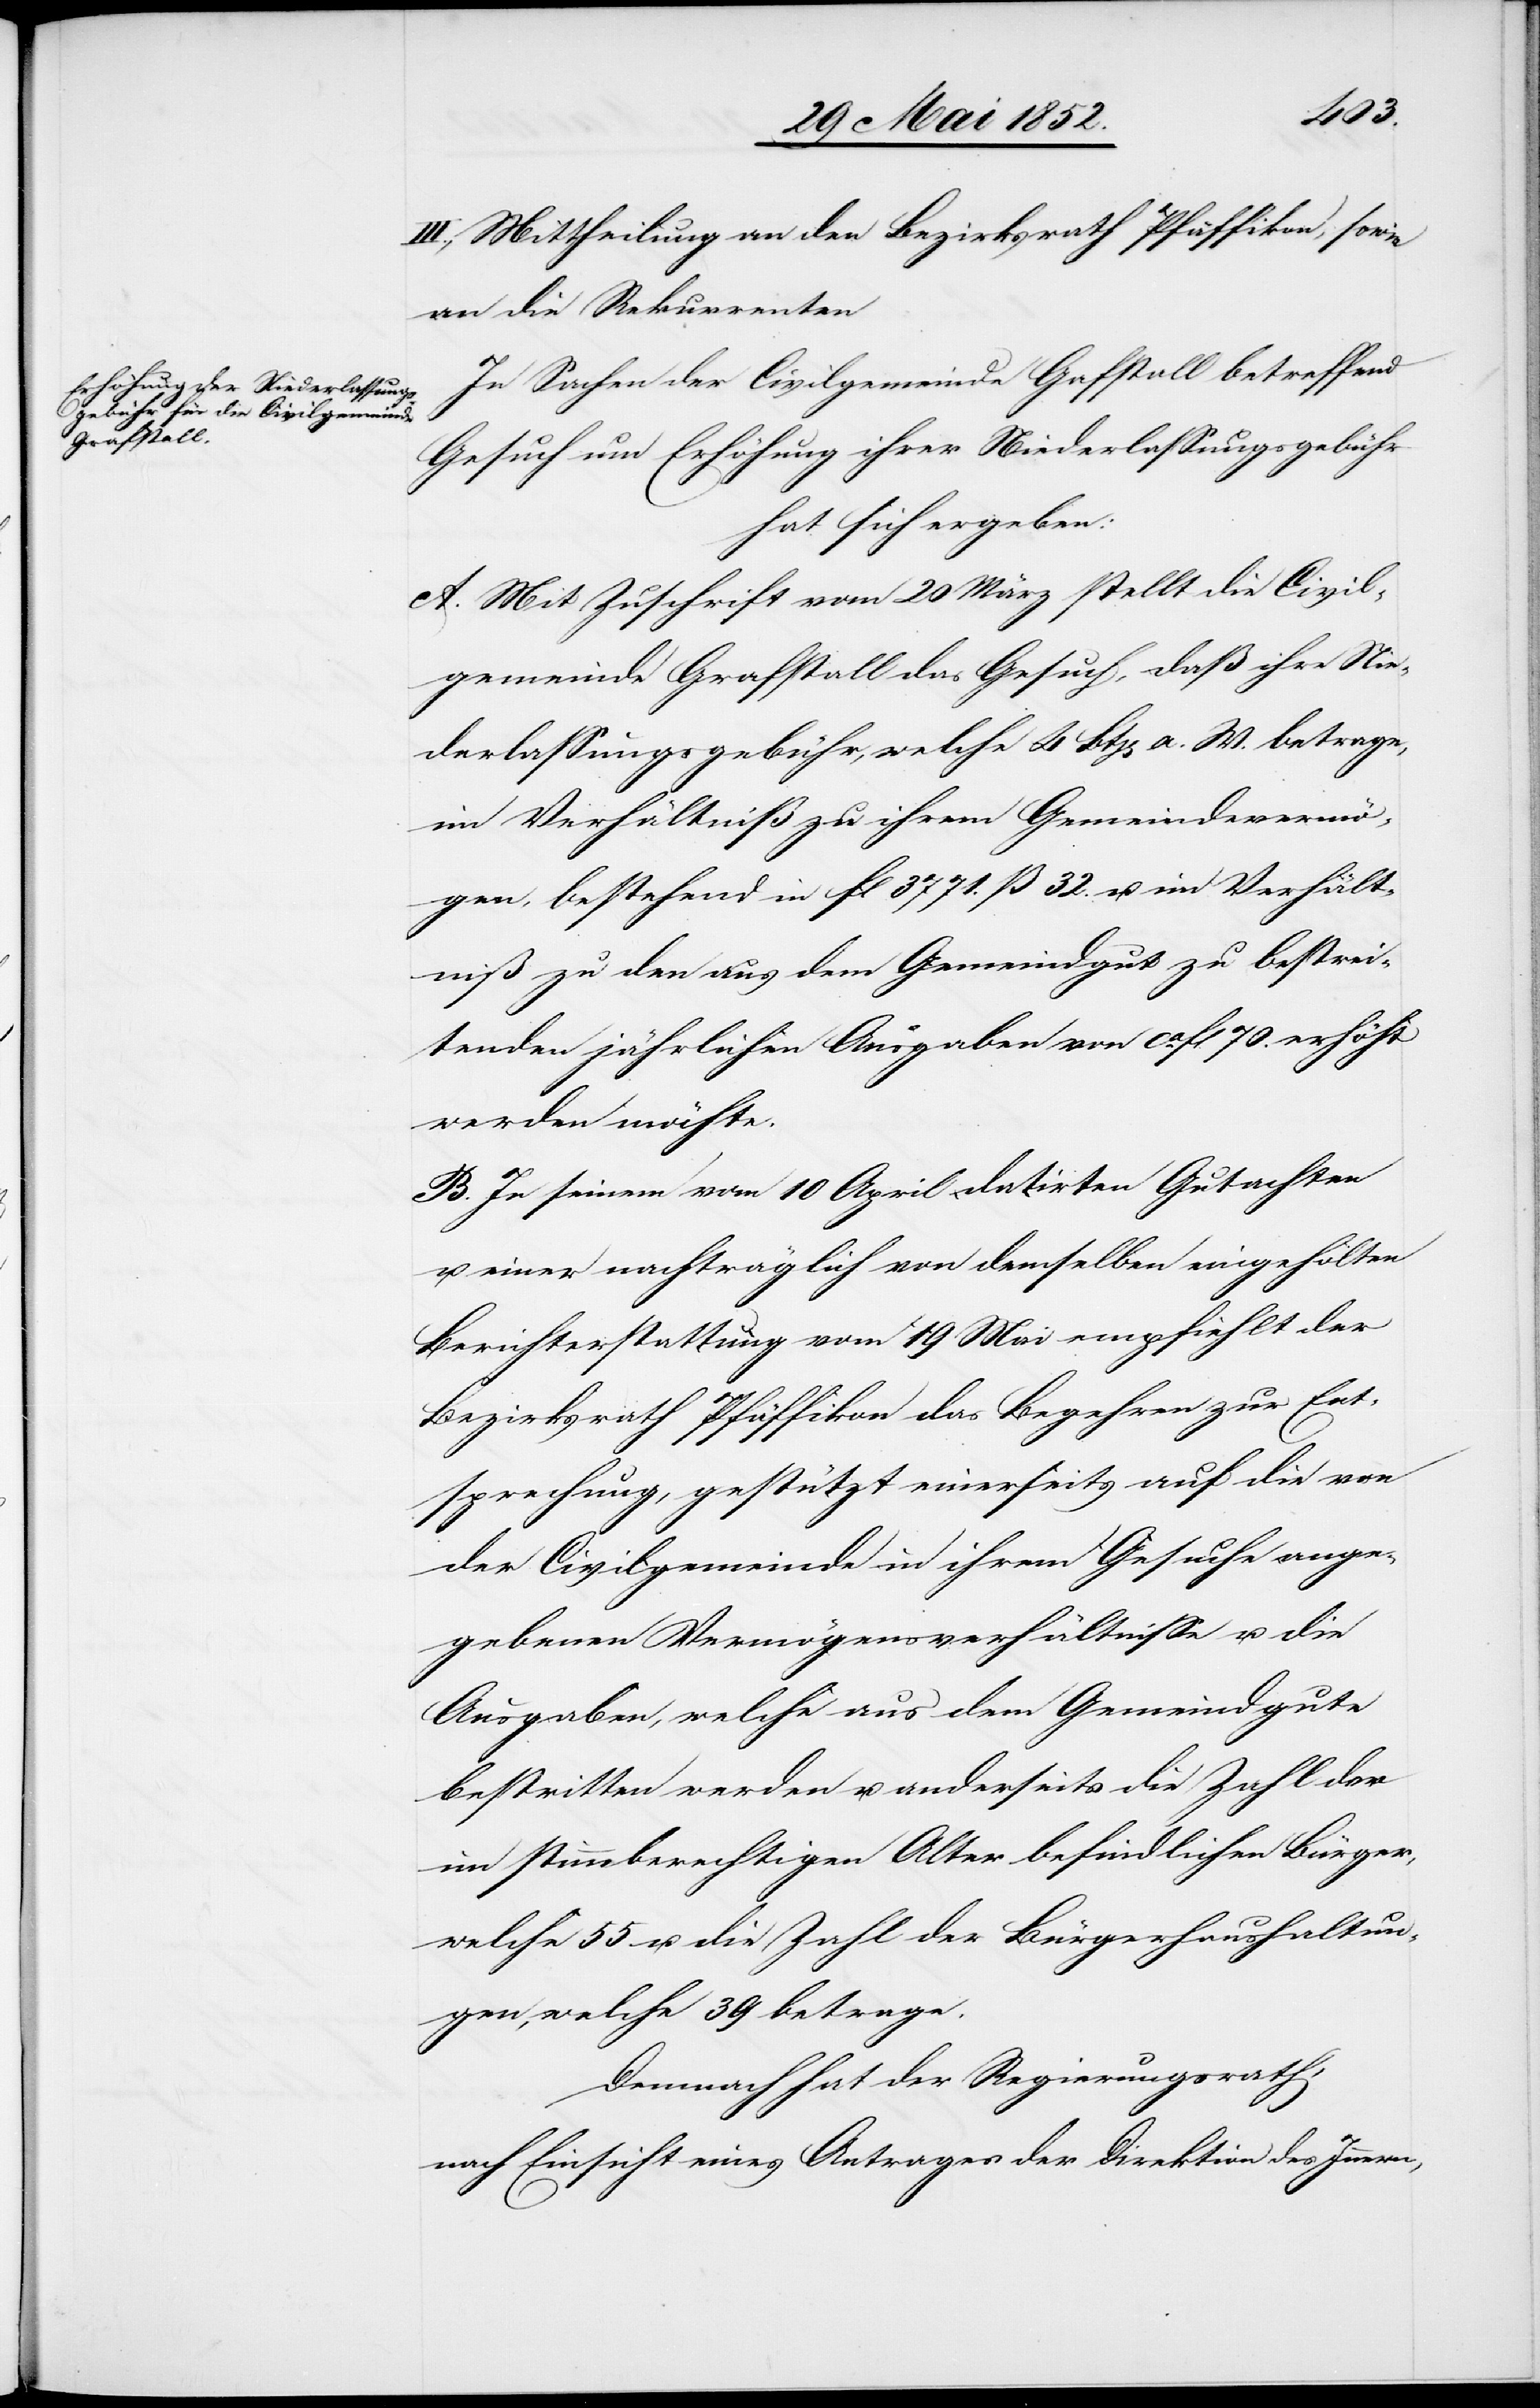
III., Mittheilung an den Bezirksrath Pfäffikon, sowie
an die Rekurrenten[.]
In Sachen der Civilgemeinde G[r]afstall betreffend
Gesuch um Erhöhung ihrer Niederlassungsgebühr
hat sich ergeben:
A. Mit Zuschrift vom 20 März stellt die Civil¬
gemeinde Grafstall das Gesuch, daß ihre Nie¬
derlassungsgebühr, welche 4 Btz[en] a. W. betrage,
im Verhältniß zu ihrem Gemeindevermö¬
gen, bestehend in fl 3771. ß 32. u. im Verhält¬
niß zu den aus dem Gemeindgut zu bestrei¬
tenden jährlichen Ausgaben von ca. fl 70. erhöht
werden möchte.
B. In seinem vom 10 April datirten Gutachten
einer nachträglich von demselben eingeholten
Berichterstattung vom 19 Mai empfiehlt der
Bezirksrath Pfäffikon das Begehren zur Ent¬
sprechung, gestützt einerseits auf die von
der Civilgemeinde in ihrem Gesuche ange¬
gebenen Vermögensverhältnisse u. die
Ausgaben, welche aus dem Gemeindgute
bestritten werden u. anderseits die Zahl der
im stimmberechtig[t]en Alter befindlichen Bürger,
welche 55 u. die Zahl der Bürgerhaushaltun¬
gen, welche 39 betrage.
Demnach hat der Regierungsrath,
nach Einsicht eines Antrages der Direktion des Innern,